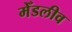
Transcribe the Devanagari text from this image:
मेँडलीव